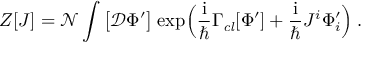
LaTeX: Z [ J ] = \mathcal { N } \int \big [ \mathcal { D } \Phi ^ { \prime } \big ] \; \mathrm { e x p } \Big ( \frac { \mathrm { i } } { \hbar } \Gamma _ { \mathit { c l } } [ \Phi ^ { \prime } ] + \frac { \mathrm { i } } { \hbar } J ^ { i } \Phi _ { i } ^ { \prime } \Big ) \; .